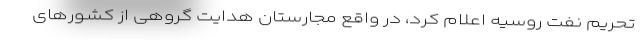
تحریم نفت روسیه اعلام کرد، در واقع مجارستان هدایت گروهی از کشورهای